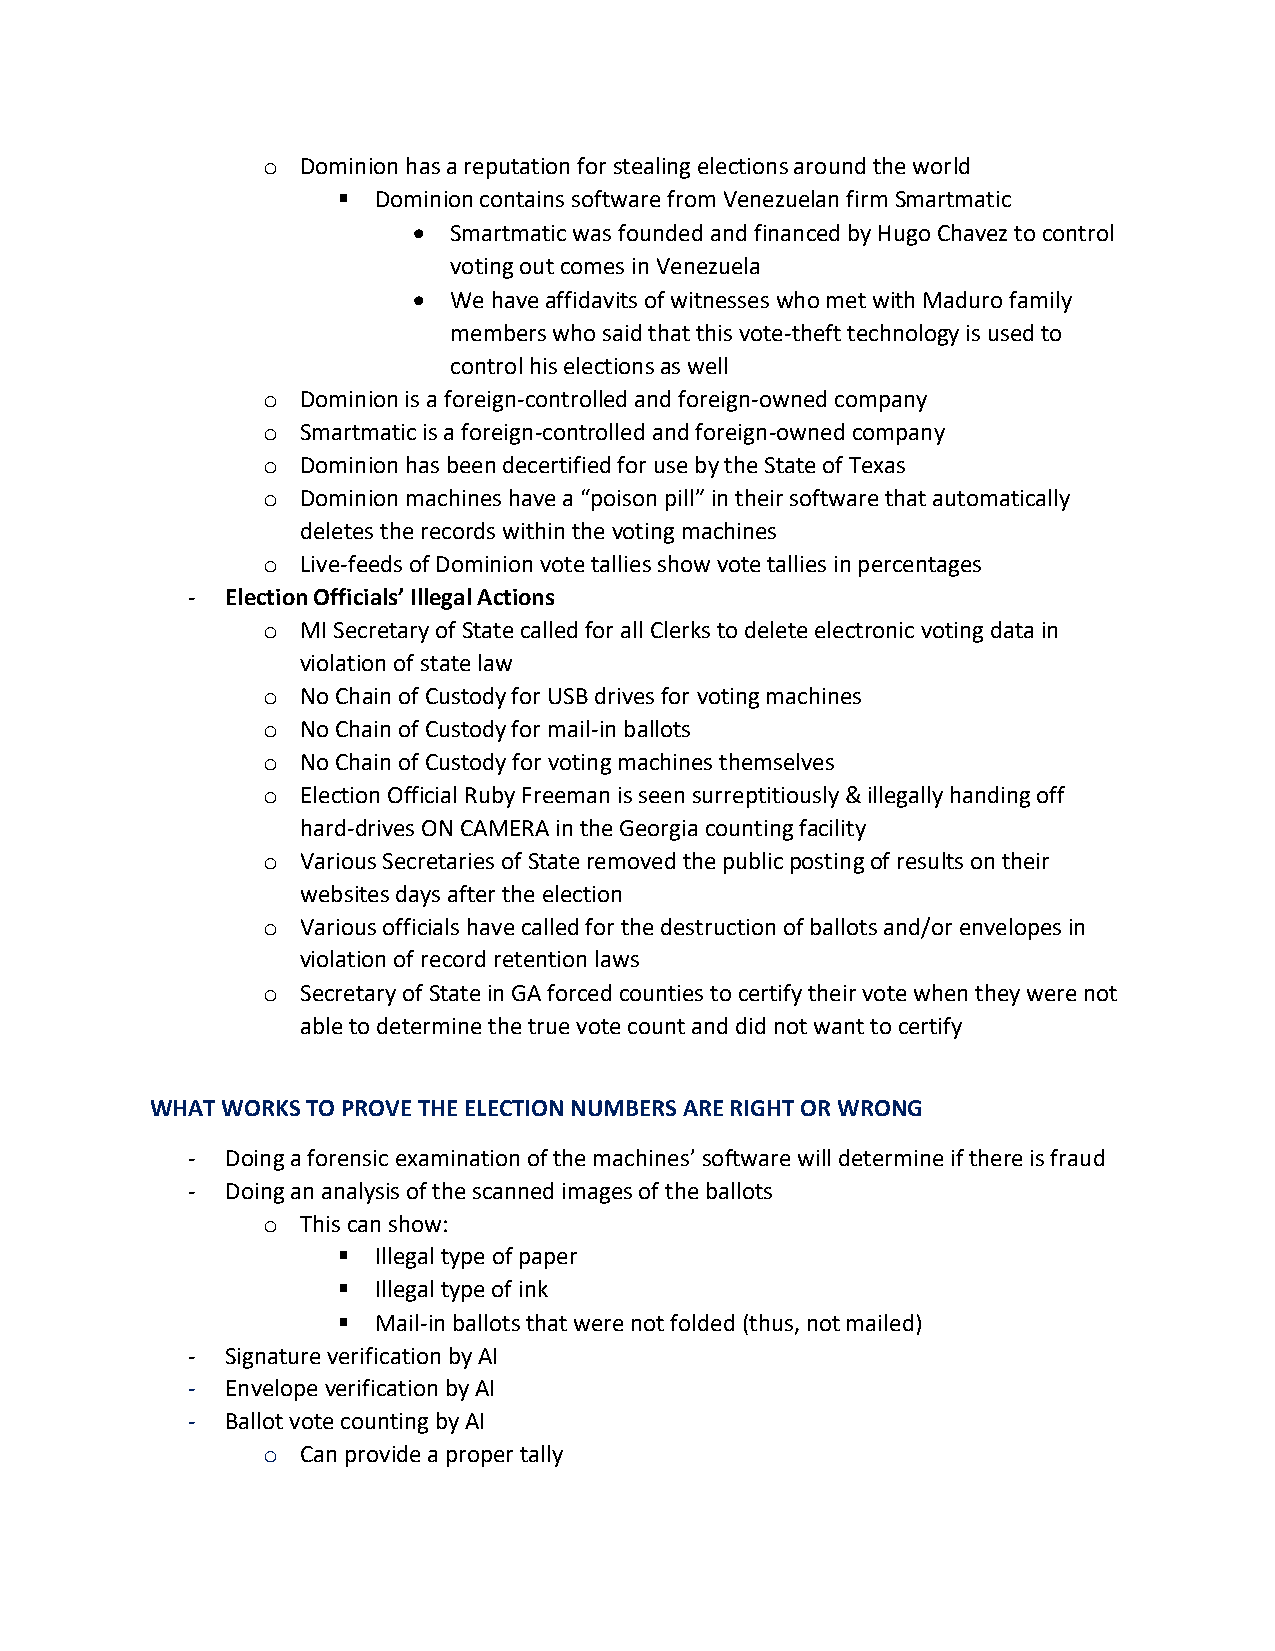
o  Dominion has a reputation for stealing elections around the world
 ▪  Dominion contains software from Venezuelan firm Smartmatic
 •  Smartmatic was founded and financed by Hugo Chavez to control
 voting out comes in Venezuela
 •  We have affidavits of witnesses who met with Maduro family
 members who said that this vote-theft technology is used to
 control his elections as well
 o  Dominion is a foreign-controlled and foreign-owned company
 o  Smartmatic is a foreign-controlled and foreign-owned company
 o  Dominion has been decertified for use by the State of Texas
 o  Dominion machines have a “poison pill” in their software that automatically
 deletes the records within the voting machines
 o  Live-feeds of Dominion vote tallies show vote tallies in percentages
 -  Election Officials’ Illegal Actions
 o  MI Secretary of State called for all Clerks to delete electronic voting data in
 violation of state law
 o  No Chain of Custody for USB drives for voting machines
 o  No Chain of Custody for mail-in ballots
 o  No Chain of Custody for voting machines themselves
 o  Election Official Ruby Freeman is seen surreptitiously & illegally handing off
 hard-drives ON CAMERA in the Georgia counting facility
 o  Various Secretaries of State removed the public posting of results on their
 websites days after the election
 o  Various officials have called for the destruction of ballots and/or envelopes in
 violation of record retention laws
 o  Secretary of State in GA forced counties to certify their vote when they were not
 able to determine the true vote count and did not want to certify
 WHAT WORKS TO PROVE THE ELECTION NUMBERS ARE RIGHT OR WRONG
 -  Doing a forensic examination of the machines’ software will determine if there is fraud
 -  Doing an analysis of the scanned images of the ballots
 o  This can show:
 ▪  Illegal type of paper
 ▪  Illegal type of ink
 ▪  Mail-in ballots that were not folded (thus, not mailed)
 -  Signature verification by AI
 -  Envelope verification by AI
 -  Ballot vote counting by AI
 o  Can provide a proper tally